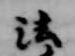
法